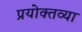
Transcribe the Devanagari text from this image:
प्रयोक्तव्या